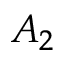
A _ { 2 }